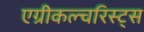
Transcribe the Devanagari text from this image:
एग्रीकल्चरिस्ट्स